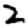
Digit: 2